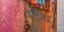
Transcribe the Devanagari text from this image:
स्‍टेंथ